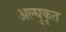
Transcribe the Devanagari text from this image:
अल्घुकृत